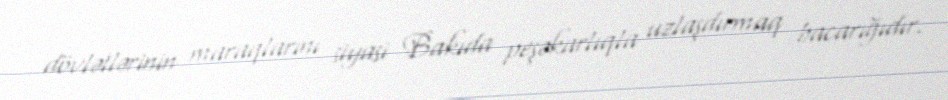
dövlətlərinin maraqlarını siyasi Bakıda peşəkarlıqla uzlaşdırmaq bacarığıdır.